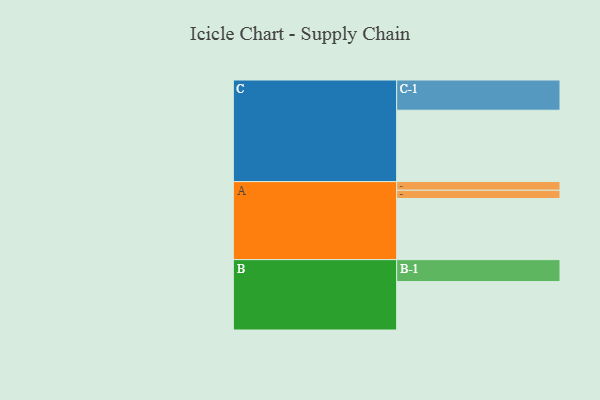
{"axis": {"x": "Segment", "y": "Value"}, "legend": ["", "A", "B", "C"], "data": [{"x": "A", "y": 431, "type": ""}, {"x": "B", "y": 341, "type": ""}, {"x": "C", "y": 503, "type": ""}, {"x": "A-1", "y": 61, "type": "A"}, {"x": "A-2", "y": 58, "type": "A"}, {"x": "B-1", "y": 155, "type": "B"}, {"x": "C-1", "y": 213, "type": "C"}]}